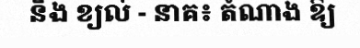
និង ខ្យល់ - នាគ៖ តំណាង ឱ្យ